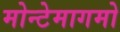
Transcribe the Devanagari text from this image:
मोन्टेमागमो